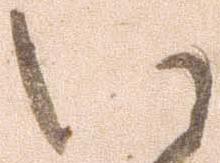
い